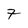
Character: 7